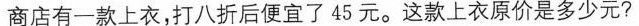
1.商店有一款上衣，打八折后便宜了45元。这款上衣原价是多少元?